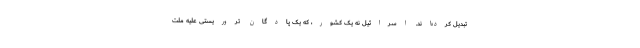
تبدیل کرده‌اند. اسرائیل نه یک کشور، که یک پادگان تروریستی علیه ملّت